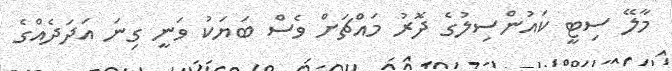
މާލޭ ސިޓީ ކައުންސިލުގެ ދޮރު މައްޗަށް ވެސް ބަޔަކު ވަނީ ގިނަ އަދަދެއްގެ